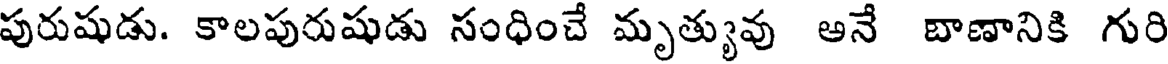
పురుషుడు. కాలపురుషుడు సంధించే మృత్యువు అనే బాణానికి గురి